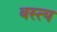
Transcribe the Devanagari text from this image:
वस्त्य